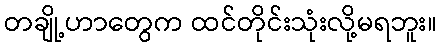
တချို့ဟာတွေက ထင်တိုင်းသုံးလို့မရဘူး။